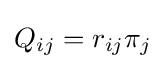
Q_{ij}=r_{ij}\pi _{j}